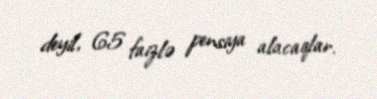
deyil, 65 faizlə pensiya alacaqlar.